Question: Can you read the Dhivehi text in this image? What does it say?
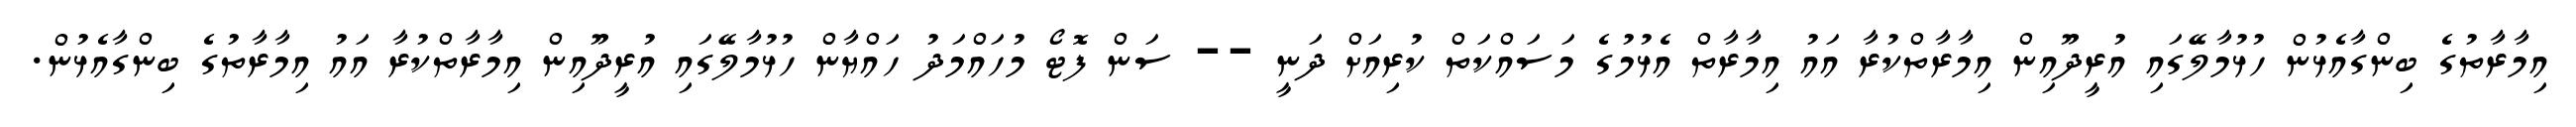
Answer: އިމާރާތުގެ ބިންގާއެޅުން ހުޅުމާލޭގައި އުރީދޫއިން އިމާރާތްކުރާ އައު އިމާރާތް އެޅުމުގެ މަސައްކަތް ކުރިއަށް ދަނީ -- ސަން ފޮޓޯ މުހައްމަދު ހައްޔާން ހުޅުމާލޭގައި އުރީދޫއިން އިމާރާތްކުރާ އައު އިމާރާތުގެ ބިންގާއެޅުން.